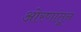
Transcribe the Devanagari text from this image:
ओरणांतून